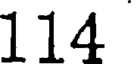
114